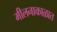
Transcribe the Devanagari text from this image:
मीलनाकाळात